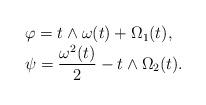
LaTeX: \begin{align*}\begin{array}{ll}\varphi = t \wedge \omega(t) + \Omega_1(t), \\\psi= \dfrac{\omega^2(t)}{2} - t \wedge \Omega_2 (t).\end{array}\end{align*}